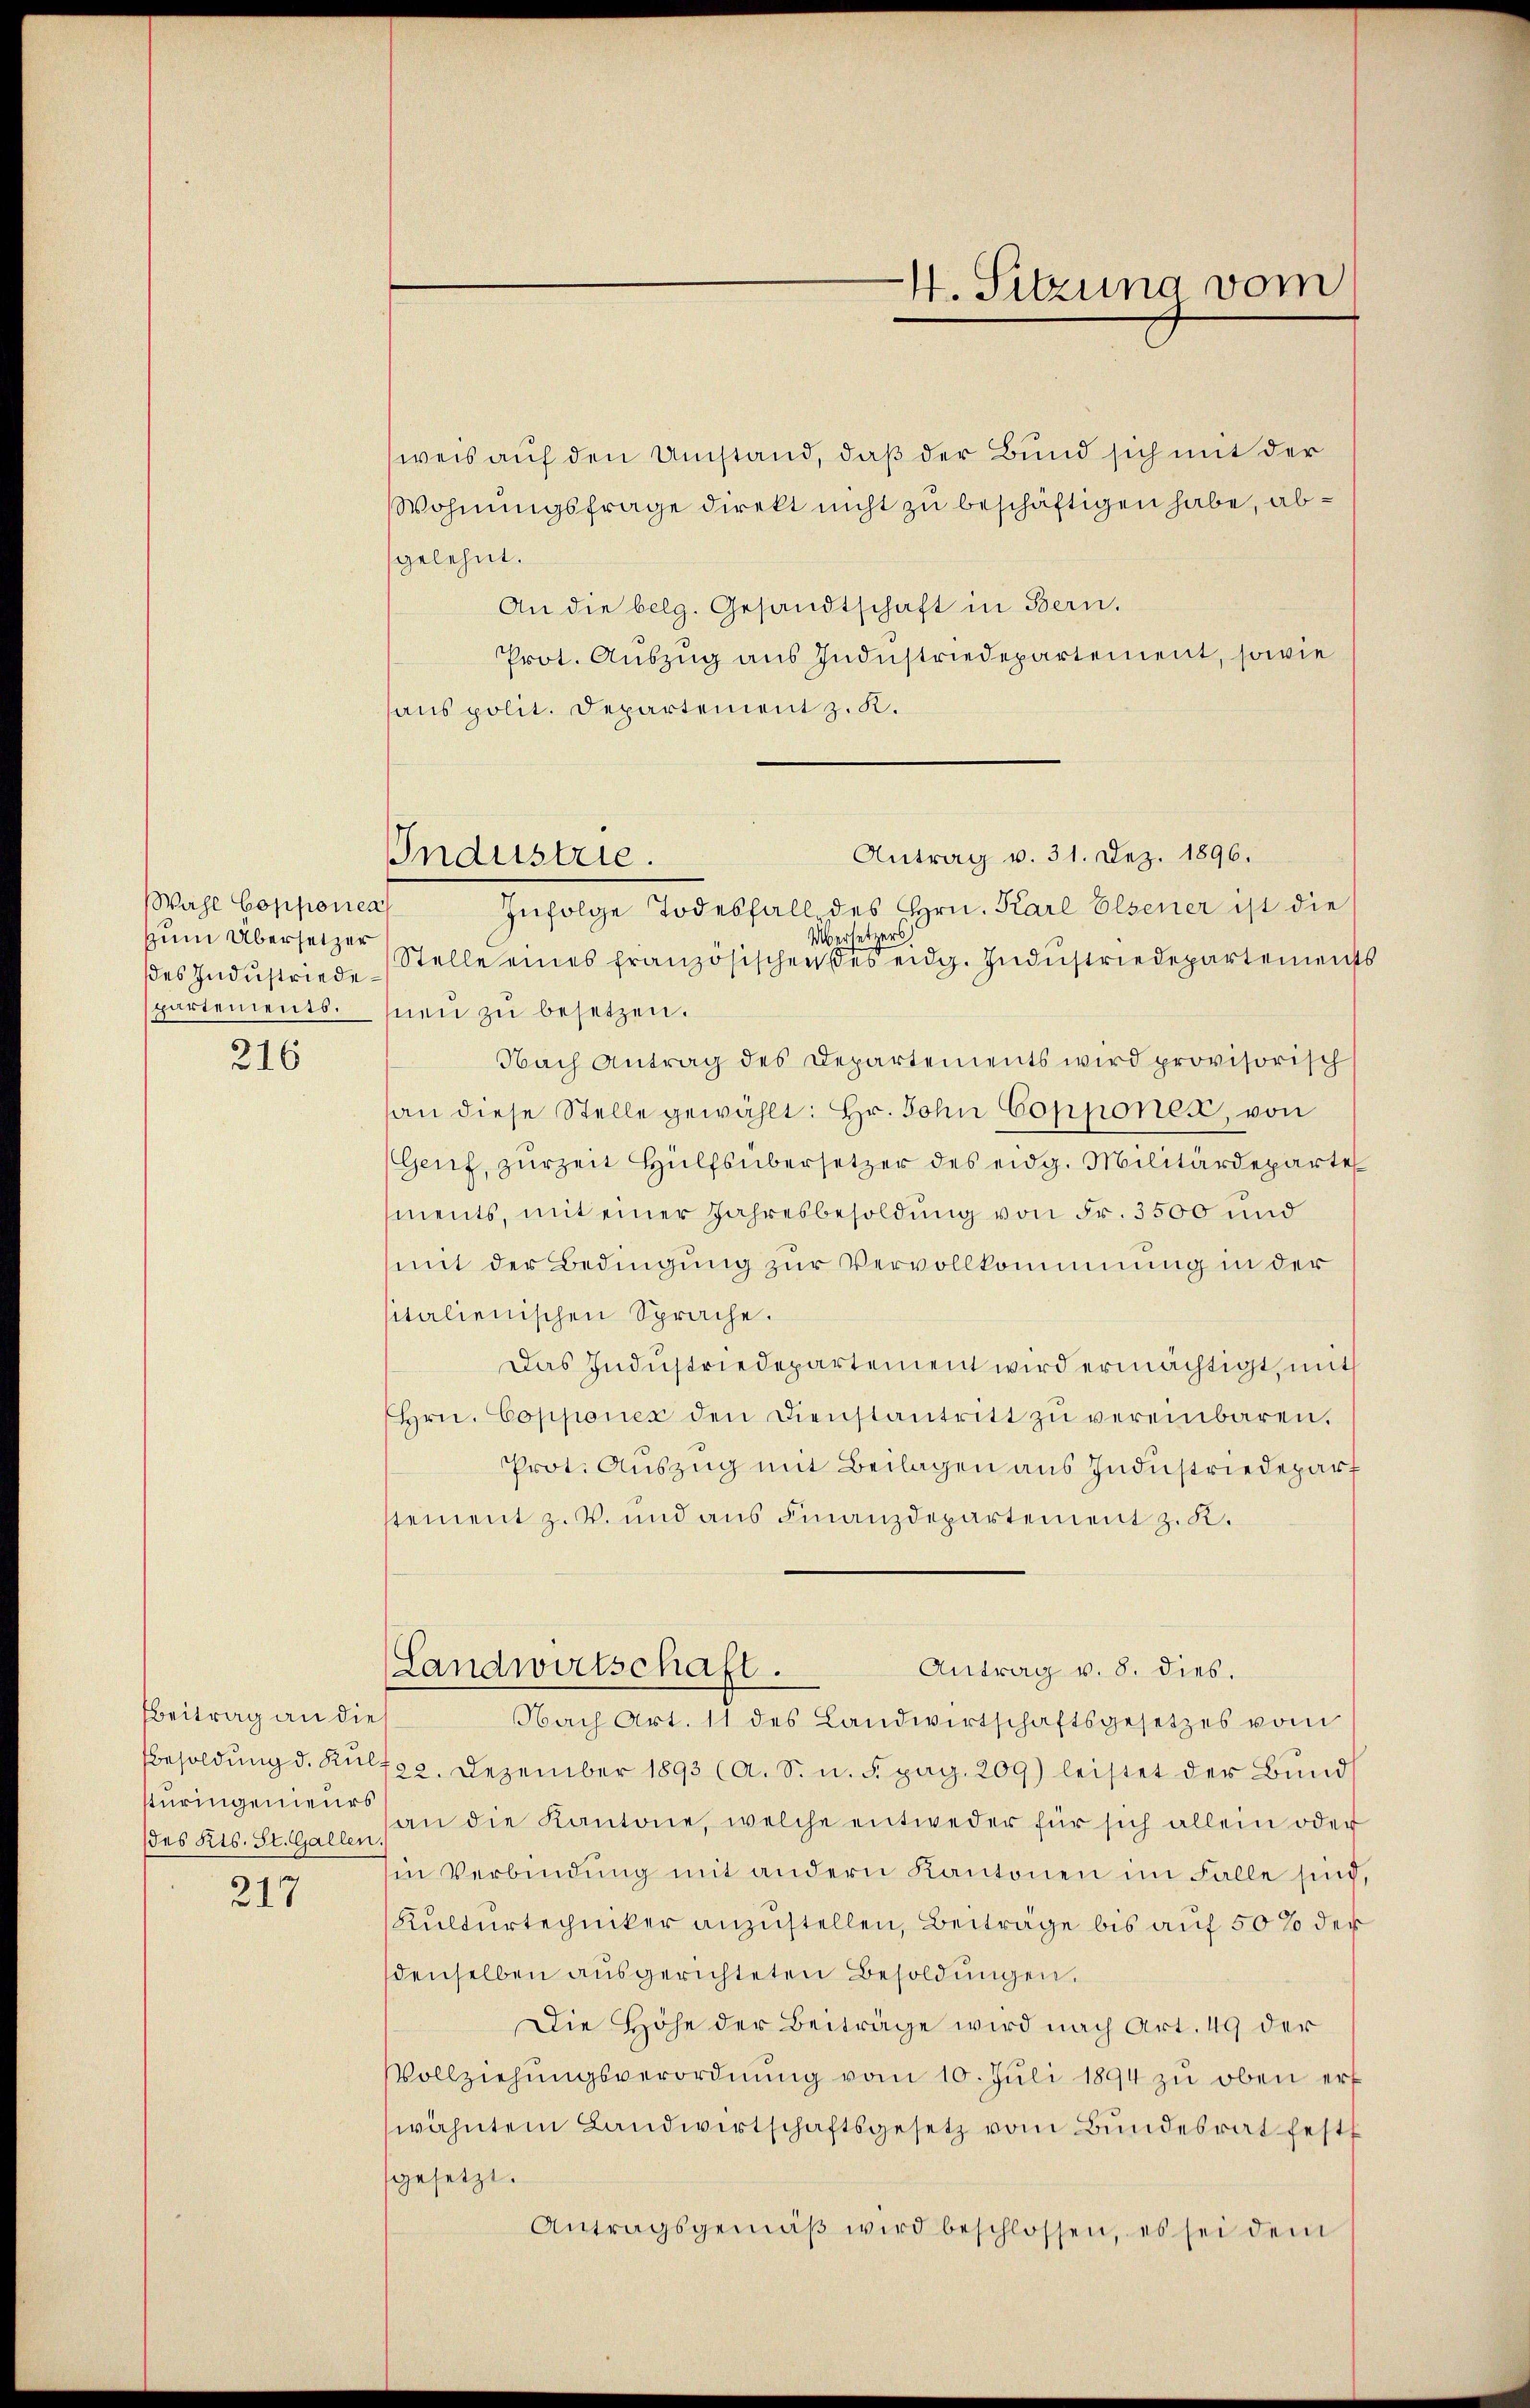
Wahl Copponen
zum Übersetzer
des Industriede¬

216

Beitrag an die
(des Kts. St. Gallen.

217

4. Sitzung vom

weis auf den Umstand, daß der Bund sich mit der
Wohnungsfrage direkt nicht zu beschäftigen habe, abgelehnt.
An die belg. Gesandtschaft in Bern.
Prot. Auszug aus Industriedepartement, sowie
aus polit. Departement z. K.
Übersetzes
Stelle eines französischen des eidg. Industriedepartement
partements. Inen zu besetzen.
Nach Antrag des Departements wird provisorisch
an diese Stelle gewählt: Hr. Sohn Copponer, von
(Genf, zurzeit Hülfsübersetzer des eidg. Militärdeparte
ments, mit einer Jahresbesoldung von Fr. 3500 und
mit der Bedingung zur Vervollkommnung in der
sitalienischen Sprache.
Das Industriedepartement wird ermächtigt, mit
Hrn. Copponex den Dienstantritt zŭ vereinbaren.
Prot. Auszug mit Beilagen aus Industriedepart
stement z. B. und aus Finanzdepartement z. K.
Antrag v. 8. dies.
Landwirtschaft.
Nach Art. 11 des Landwirtschaftsgesetzes vom
besoldung d. Kŭlf22. Dezember 1893 (A. S. u. 5. pag. 209) leistet der Bund
kuringenieur an die Kantone, welche entweder für sich allein oder
in Verbindŭng mit andern Kantonen im Falle sind
Kulturtecuiker anzustellen, Beiträge bis auf 50% der
denselben aŭsgerichteten Besoldŭngen,
Die Höhe der Beiträge wird nach Art. 49 der
Vollziehŭngsverordnŭng vom 10. Juli 1894 zu oben erf
wähnten Landwirtschaftsgesetz vom Bundesrat fest
gesetzt.
Antragsgemäβ wird beschlossen, es sei dem

Antrag v. 31. Dez. 1896.
Industrie.
Infolge Todesfall des Hrn. Karl Elsener ist die